Lunatic asylums Bombay report 1878-1890 - 1878-1890
Year: 1878
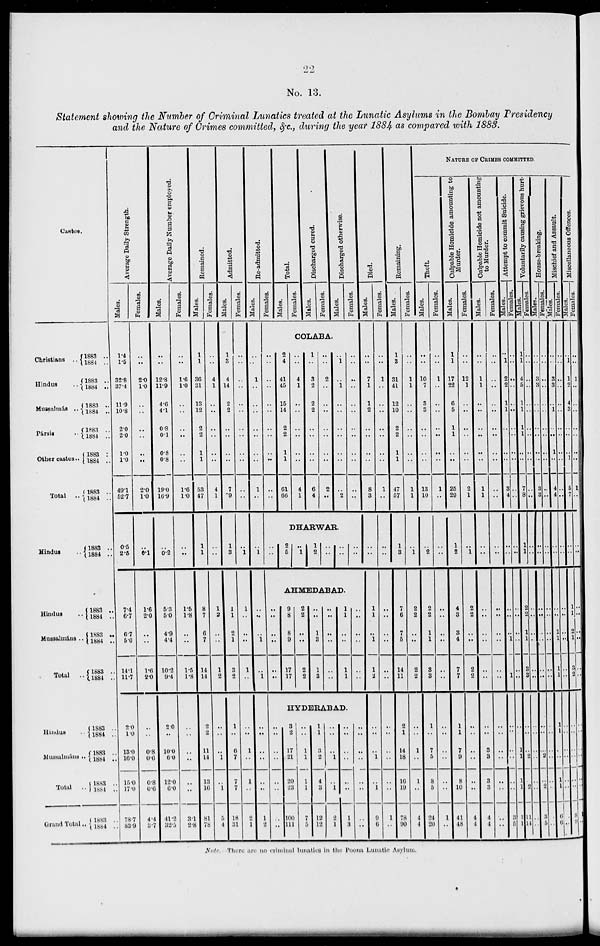
22
No. 13.
Statement showing the Number of Criminal Lunatics treated at the Lunatic Asylums in the Bombay Presidency
and the Nature of Crimes committed, &c., during the year 1884 as compared with 1883.
Castes.
Christians ..
Hindus
..
Mussalmás ..
Pársig ..
Other castes ..
Total
..
Hindus ..
Hindus ..
Muasalmáns ..
Total
..
Hindus ..
Mussalmáns ..
Total
..
Grand Total..
1883 ..
1884 ..
1883 ..
1884 ..
1883 ..
1884 ..
1883 ..
1884 ..
1883 ..
1884 ..
1883 ..
1884 ..
1883 ..
1884 ..
1883 ..
1884 ..
1883 ..
1884 ..
1883 ..
1884 ..
1883 ..
1884 ..
1883 ..
1884 ..
1883 ..
1881..
1883 ..
1884 ..
Average Daily Strength.
Males.
1.4
1.5
32.8
37.4
11.9
10.8
2.0
2.0
1.0
1.0
49.1
52.7
0.5
2.5
7.4
6.7
6.7
5.0
14.1
11.7
2.0
1.0
13.0
16.0
15.0
17.0
78.7
83.9
Females.
..
..
2.0
1.0
..
..
..
..
..
..
2.0
1.0
..
6.1
1.6
2.0
..
..
1.6
2.0
..
..
0.8
0.6
0.8
0.6
4.4
3.7
Average Daily Number employed.
Males.
..
..
12.8
11.9
4.6
4.1
0.8
0.1
0.8
0.8
19.0
10.9
..
0.2
5.3
5.0
4.9
4.4
10.2
9.4
2.0
..
10.0
6.0
12.0
0.0
41.2
32.5
Females.
..
..
1.6
1.0
..
..
..
..
..
..
1.6
1.0
..
..
1.5
1.8
..
..
1.5
1.8
..
..
..
..
..
..
3.1
2.8
Remained.
Males.
1
1
36
31
13
12
2
2
1
1
53
47
1
1
8
7
6
7
14
14
2
2
11
14
13
16
81
78
Females.
..
..
4
1
..
..
..
..
..
..
4
1
..
..
1
2
..
..
1
2
..
..
..
1
..
1
5
4
Admitted.
Males.
1
3
4
14
2
2
..
..
..
..
7
9
1
3
1
1
2
1
3
2
1
..
6
7
7
7
18
31
Females.
..
..
..
..
..
..
..
..
..
..
..
..
..
1
1
..
..
..
1
..
..
..
1
..
1
..
2
1
Re-admitted.
Males.
..
..
1
..
..
..
..
..
..
..
1
..
..
1
..
..
..
1
..
1
..
..
..
..
..
..
1
2
Females.
Total.
Males.
Females.
Discharged cured.
Males.
Females.
Discharged otherwise.
Males.
Females.
COLABA.
..
..
..
..
..
..
..
..
..
..
..
..
2
4
41
45
15
14
2
2
1
1
61
66
..
..
4
1
..
..
..
..
..
..
4
1
1
..
3
2
2
2
..
..
..
..
6
4
..
..
2
..
..
..
..
..
..
..
..
..
..
1
..
1
..
..
..
..
..
..
..
2
..
..
..
..
..
..
..
..
..
..
..
..
DHARWAR.
..
..
2
5
..
1
1
2
..
..
..
..
..
..
Died.
Males.
..
..
7
1
1
2
..
..
..
..
8
3
..
..
AHMEDABAD.
..
..
..
..
..
..
9
8
8
9
17
17
2
2
..
..
2
2
..
..
1
3
1
3
..
..
..
..
..
..
1
1
..
..
1
1
..
..
..
..
..
..
HYDERABAD.
..
..
..
..
..
..
..
..
3
2
17
21
20
23
100
111
..
..
1
1
1
1
7
5
1
1
3
2
4
3
12
12
..
..
..
1
..
1
2
1
..
..
..
..
..
..
1
3
..
..
..
..
..
..
..
..
1
1
..
1
1
2
..
..
..
1
..
1
9
6
Females.
..
..
1
..
..
..
..
..
..
..
1
..
..
..
..
..
..
..
..
..
..
..
..
..
..
..
1
..
Remaining.
Males.
1
3
31
41
12
10
2
2
1
1
47
57
1
3
7
6
7
5
14
11
2
1
14
18
16
19
78
90
Females.
..
..
1
1
..
..
..
..
..
..
1
1
..
1
2
2
..
..
2
2
..
..
1
..
1
..
4
4
NATURE OF CRIMES COMMITTED.
Theft.
Males.
..
..
10
7
3
3
..
..
..
..
13
10
..
2
2
2
1
1
3
3
1
..
7
5
8
5
24
20
Females.
..
..
1
..
..
..
..
..
..
..
1
..
..
..
..
..
..
..
..
..
..
..
..
..
..
..
1
..
Culpable Homicide amounting to
Murder.
Males.
1
1
17
22
6
5
1
1
..
..
25
29
1
2
4
3
3
4
7
7
1
1
7
9
8
10
41
48
Females.
..
..
12
1
..
..
..
..
..
..
2
1
..
1
2
2
..
..
2
2
..
..
..
..
..
..
4
4
Culpable Homicide not amounting
to Murder.
Males.
..
..
1
1
..
..
..
..
..
..
1
1
..
..
..
..
..
..
..
..
..
..
3
3
3
3
4
4
Females.
..
..
..
..
..
..
..
..
..
..
..
..
..
..
..
..
..
..
..
..
..
..
..
..
..
..
..
..
Attempt to commit Suicide.
Males.
..
1
2
2
1
1
..
..
..
..
3
4
..
..
..
..
..
1
..
1
..
..
..
..
..
..
3
5
Females.
..
..
..
..
..
..
..
..
..
..
..
..
..
..
..
..
..
..
..
..
..
..
1
1
1
1
1
1
Voluntarily causing grievous hurt.
Males.
1
1
4
..
1
1
1
1
..
..
7
8
1
1
2
2
1
1
3
3
..
..
..
2
..
2
11
14
Females.
..
..
..
..
..
..
..
..
..
..
..
..
..
..
..
..
..
..
..
..
..
..
..
..
..
..
..
..
House-breaking.
Males.
..
..
3
..
..
..
..
..
..
1
3
3
..
..
..
..
..
..
..
..
..
..
..
2
..
2
3
5
Females.
..
..
..
..
..
..
..
..
..
..
..
..
..
..
..
..
..
..
..
..
..
..
..
..
..
..
..
..
Mischief and Assault.
Males.
..
..
3
..
..
1
..
..
..
..
4
4
..
..
..
..
1
1
1
1
1
1
..
..
1
1
6
6
Females.
..
..
..
..
..
..
..
..
..
..
..
..
..
..
..
..
..
..
..
..
..
..
..
..
..
..
..
..
Miscellaneous
Males.
..
1
1
..
4
3
..
..
..
..
5
7
..
..
1
1
2
1
3 2
..
..
..
..
..
..
8
9
Females.
..
..
1
..
..
..
..
..
..
..
1
..
..
..
..
..
..
..
.. ..
..
..
..
..
..
..
1
..
Note. There are no criminal lunatics in the Poona Lunatic Asylum.